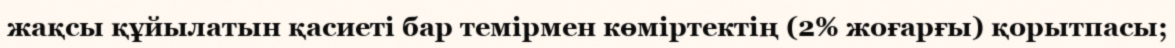
жақсы құйылатын қасиеті бар темірмен көміртектің (2% жоғарғы) қорытпасы;